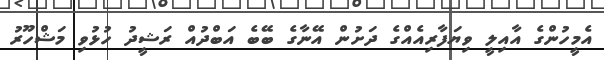
އެމީހުންގެ އާއިލީ ވިޔަފާރިއެއްގެ ދަށުން އޭނާގެ ބޭބެ އަބްދުއް ރަޝީދު ހުޅުވި މަޝްހޫރު